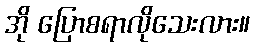
အို ပြောစရာလိုသေးလား။